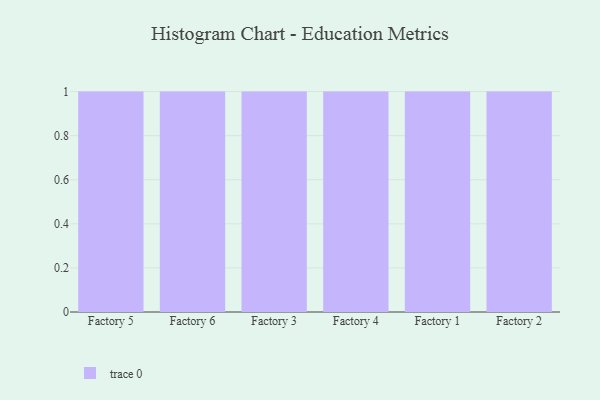
{"axis": {"x": "Factory", "y": "Active Users"}, "legend": [""], "data": [{"x": "Factory 5", "y": 15, "type": ""}, {"x": "Factory 6", "y": 8, "type": ""}, {"x": "Factory 3", "y": 18, "type": ""}, {"x": "Factory 4", "y": 29, "type": ""}, {"x": "Factory 1", "y": 9, "type": ""}, {"x": "Factory 2", "y": 15, "type": ""}]}